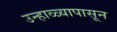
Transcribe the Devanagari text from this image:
उन्हाळ्यापासून